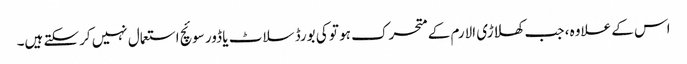
اس کے علاوہ ، جب کھلاڑی الارم کے متحرک ہو تو کی بورڈ سلاٹ یا ڈور سوئچ استعمال نہیں کرسکتے ہیں۔